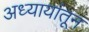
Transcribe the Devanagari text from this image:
अध्यायांतून